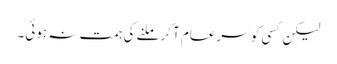
لیکن کسی کو سرعام آکر ملنے کی ہمت نہ ہوئی۔